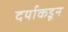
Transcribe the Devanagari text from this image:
दर्याकडून